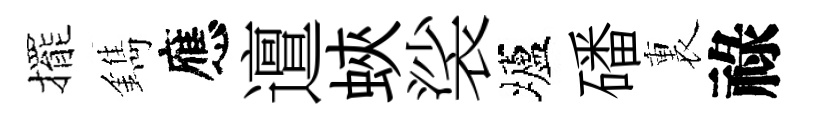
擺鐫應邅蛺裟壚磻裏祿